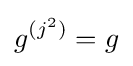
g^{(j^{2})}=g